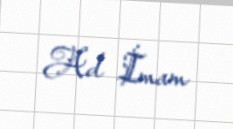
Ad İmam